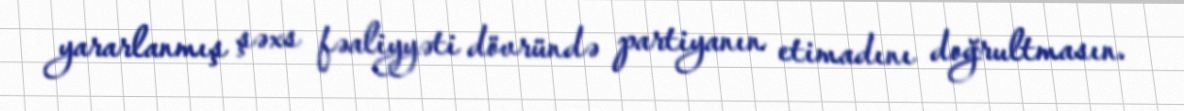
yararlanmış şəxs fəaliyyəti dövründə partiyanın etimadını doğrultmasın.